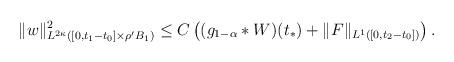
LaTeX: \begin{align*}\|w\|_{L^{2\kappa}([0,t_{1}-t_{0}]\times\rho'B_{1})}^{2} \leq C\left( (g_{1-\alpha}*W)(t_{*}) + \|F\|_{L^{1}([0,t_{2}-t_{0}])} \right).\end{align*}